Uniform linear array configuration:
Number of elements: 32
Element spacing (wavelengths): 0.25
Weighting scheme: hamming
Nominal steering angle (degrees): -60
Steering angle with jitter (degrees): -59.896
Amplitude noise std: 0.05
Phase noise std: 0.05

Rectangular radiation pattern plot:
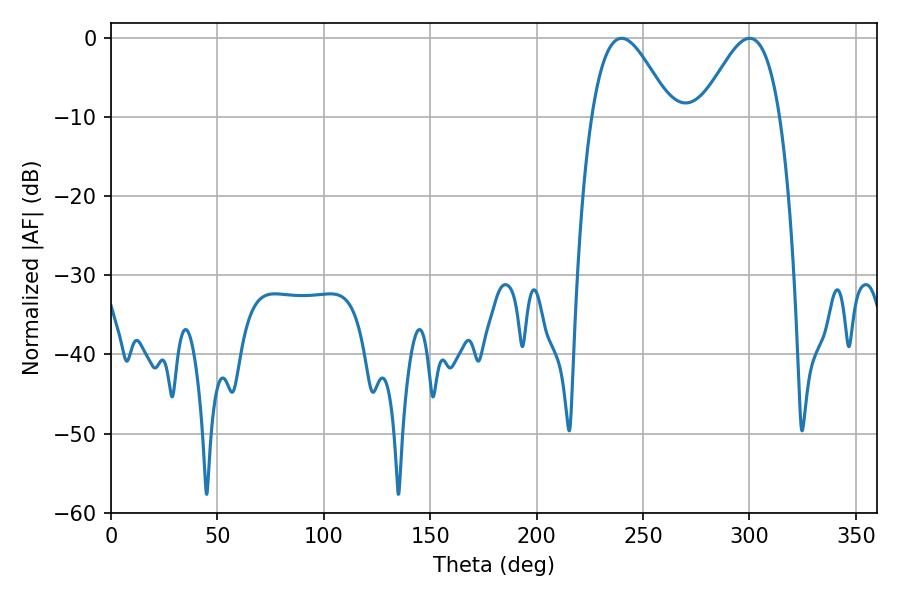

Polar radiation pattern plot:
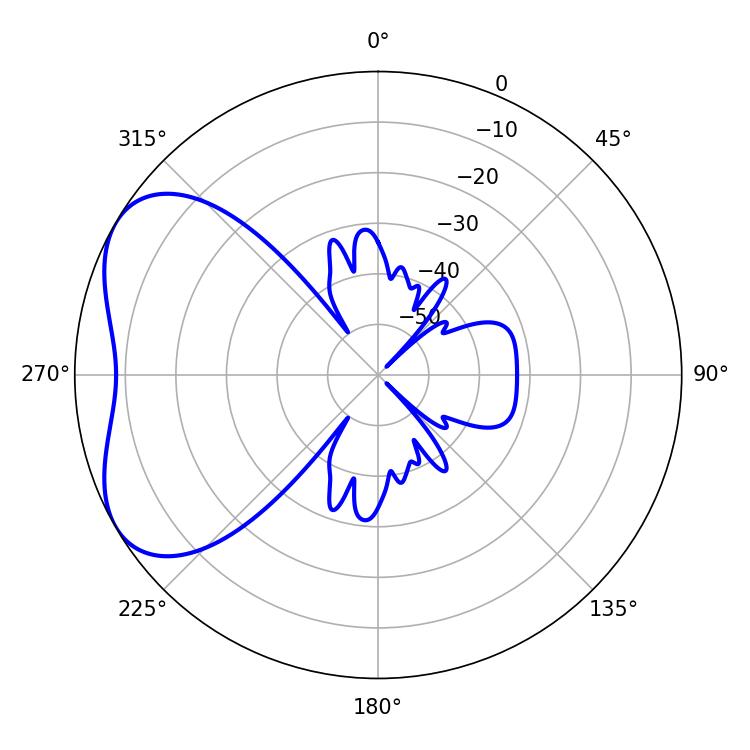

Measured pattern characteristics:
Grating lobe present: FALSE
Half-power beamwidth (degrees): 19.98
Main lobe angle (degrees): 239.94